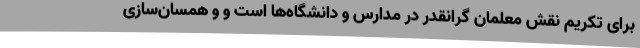
برای تکریم نقش معلمان گرانقدر در مدارس و دانشگاه‌ها است و و همسان‌سازی